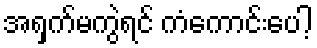
အရှက်မကွဲရင် ကံကောင်းပေါ့